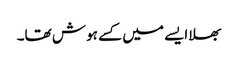
بھلا ایسے میں کسے ہوش تھا۔